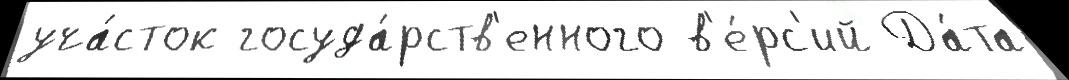
уча́сток госуда́рств'енного в'е́рс'ий Да́та